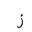
Letter: _zay